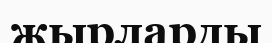
жырларды